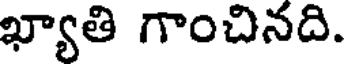
ఖ్యాతి గాంచినది.